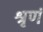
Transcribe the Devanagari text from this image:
श्रृणं